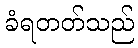
ခံရတတ်သည်